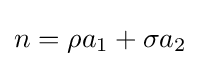
n=\rho a_{1}+\sigma a_{2}